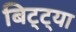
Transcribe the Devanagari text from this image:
बिट्ट्या